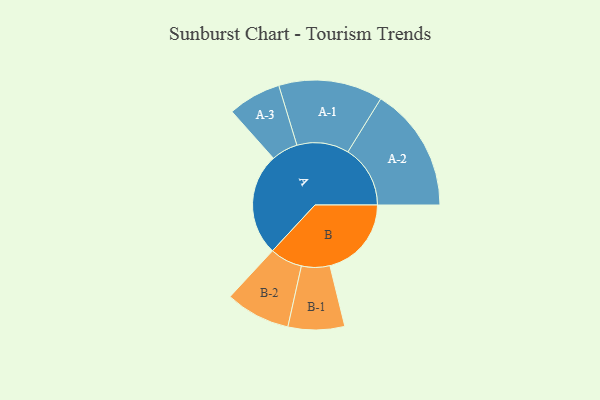
{"axis": {"x": "Segment", "y": "Value"}, "legend": ["", "A", "B"], "data": [{"x": "A", "y": 485, "type": ""}, {"x": "B", "y": 387, "type": ""}, {"x": "A-1", "y": 247, "type": "A"}, {"x": "A-2", "y": 296, "type": "A"}, {"x": "A-3", "y": 126, "type": "A"}, {"x": "B-1", "y": 134, "type": "B"}, {"x": "B-2", "y": 154, "type": "B"}]}